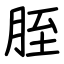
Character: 胵